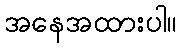
အနေအထားပါ။